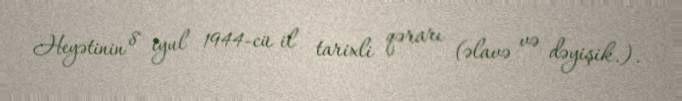
Heyətinin 8 iyul 1944-cü il tarixli qərarı (əlavə və dəyişik.).